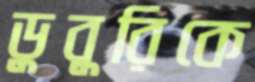
ডুবুরিকে